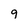
Character: 9